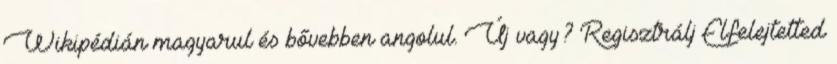
Wikipédián magyarul és bővebben angolul. Új vagy? Regisztrálj Elfelejtetted